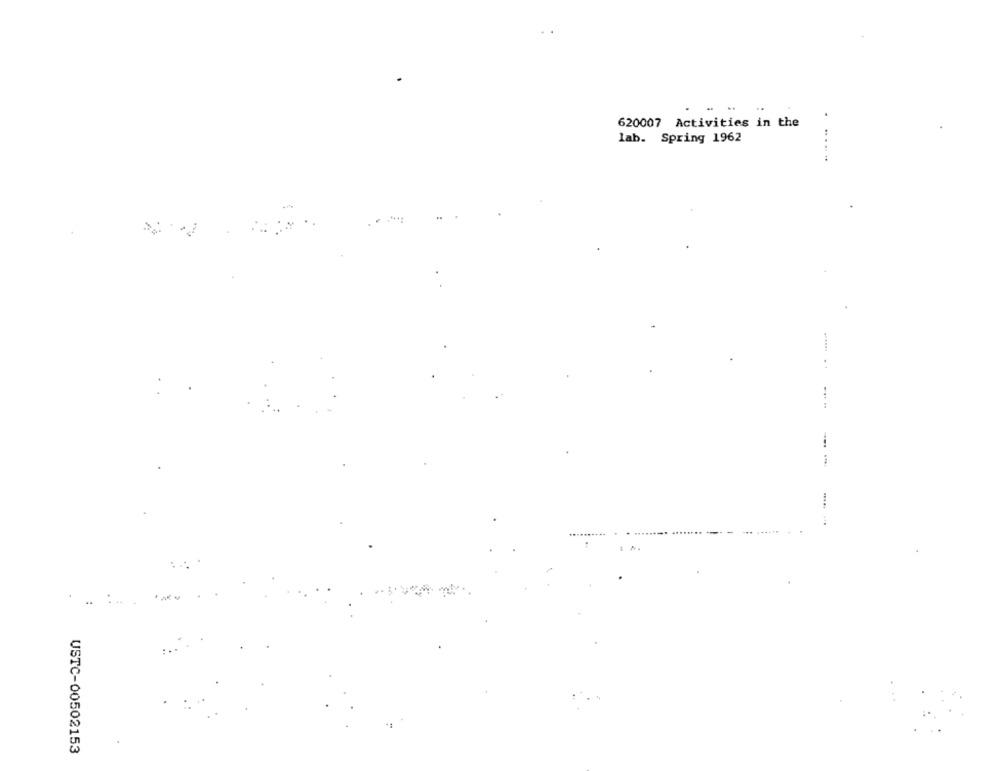
620007 Activities in the
lab. Spring 1962
-...
.
USTC-00502153